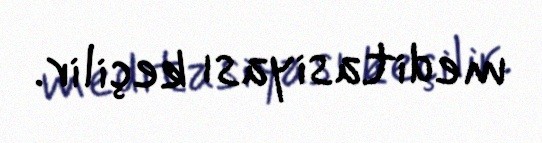
meditasiyası keçilir.